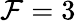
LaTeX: \mathcal{F}=3